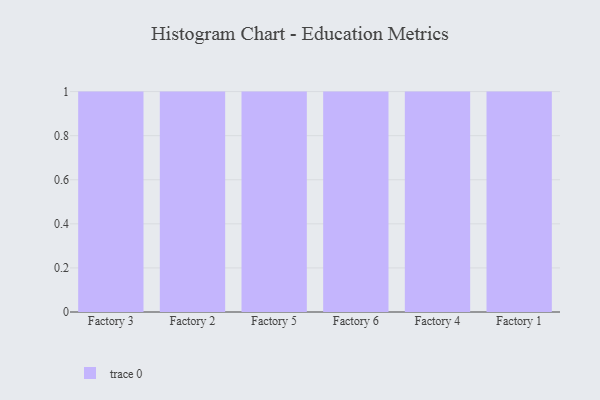
{"axis": {"x": "Factory", "y": "Production Output"}, "legend": [""], "data": [{"x": "Factory 3", "y": 79, "type": ""}, {"x": "Factory 2", "y": 61, "type": ""}, {"x": "Factory 5", "y": 1, "type": ""}, {"x": "Factory 6", "y": 53, "type": ""}, {"x": "Factory 4", "y": 94, "type": ""}, {"x": "Factory 1", "y": 34, "type": ""}]}